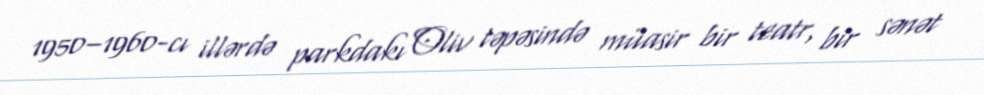
1950–1960-cı illərdə parkdakı Oliv təpəsində müasir bir teatr, bir sənət